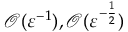
\mathcal { O } ( \ensuremath { \varepsilon } ^ { - 1 } ) , \mathcal { O } ( \ensuremath { \varepsilon } ^ { - \frac 1 2 } )